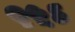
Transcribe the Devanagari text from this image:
९५ऽ